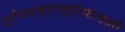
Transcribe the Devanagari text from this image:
श्रीपादकृष्णमूर्तिशास्त्री